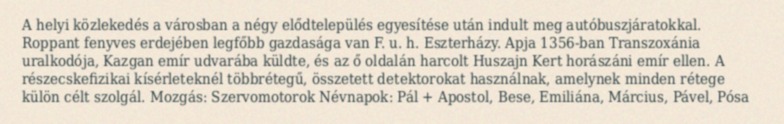
A helyi közlekedés a városban a négy elődtelepülés egyesítése után indult meg autóbuszjáratokkal. Roppant fenyves erdejében legfőbb gazdasága van F. u. h. Eszterházy. Apja 1356-ban Transzoxánia uralkodója, Kazgan emír udvarába küldte, és az ő oldalán harcolt Huszajn Kert horászáni emír ellen. A részecskefizikai kísérleteknél többrétegű, összetett detektorokat használnak, amelynek minden rétege külön célt szolgál. Mozgás: Szervomotorok Névnapok: Pál + Apostol, Bese, Emiliána, Március, Pável, Pósa